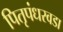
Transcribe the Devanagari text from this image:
पितृपंधरवडा